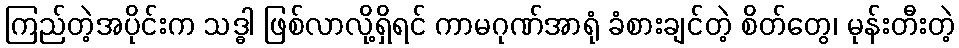
ကြည်တဲ့အပိုင်းက သဒ္ဓါ ဖြစ်လာလို့ရှိရင် ကာမဂုဏ်အာရုံ ခံစားချင်တဲ့ စိတ်တွေ၊ မုန်းတီးတဲ့